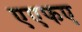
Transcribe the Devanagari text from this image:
एएफए